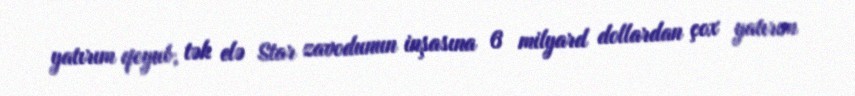
yatırım qoyub, tək elə Star zavodunun inşasına 6 milyard dollardan çox yatırım